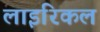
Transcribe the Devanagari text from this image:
लाइरिकल